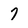
Character: 7